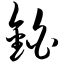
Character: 铂